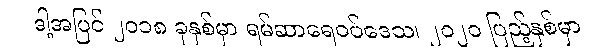
ဒါ့အပြင် ၂၀၁၈ ခုနှစ်မှာ ရမ်ဆာရေဝပ်ဒေသ၊ ၂၀၂၀ ပြည့်နှစ်မှာ